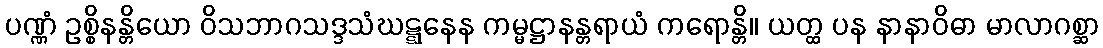
ပဏ္ဏံ ဥစ္စိနန္တိယော ဝိသဘာဂသဒ္ဒသံဃဋ္ဋနေန ကမ္မဋ္ဌာနန္တရာယံ ကရောန္တိ။ ယတ္ထ ပန နာနာဝိဓာ မာလာဂစ္ဆာ